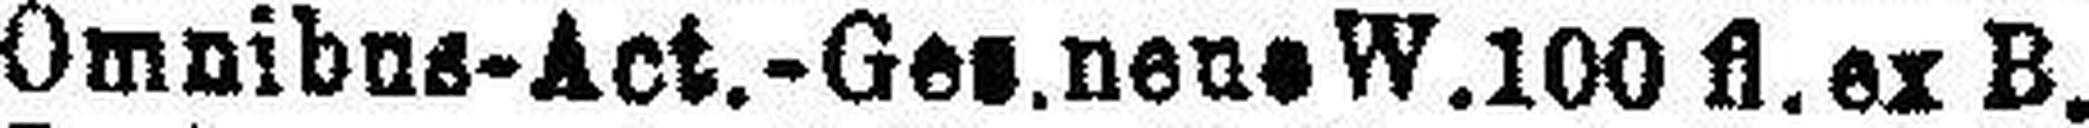
Omnibus-Act.-Ges.nene W. 100 fl.ex B.